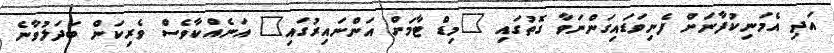
އަދި އެމަނިކުފާނަށް ފެނިވަޑައިގަންނަވާ ގޮތުގައި "މިޑް ޓާމަށް އަންނައިރުގައި" އަނެއްކާވެސް ވެރިކަން ބަދަލުވާނެ